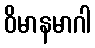
ဝိမာနမာဂါ